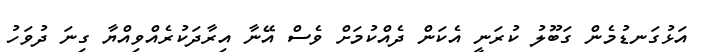
އަޅުގަނޑުމެން ގަބޫލު ކުރަނީ އެކަން ދެއްކުމަށް ވެސް އޭނާ އިރާދަކުރެއްވިއްޔާ ގިނަ ދުވަހު